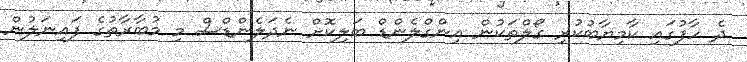
ދެ ހާފުގައި ކާމިޔާބުކުރި ގޯލްތަކުން އިންގްލެންޑް ބަލިކޮށް ނެދަލެންޑްސް މި މުބާރާތުގެ ފައިނަލުން